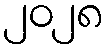
၂၀၂၈